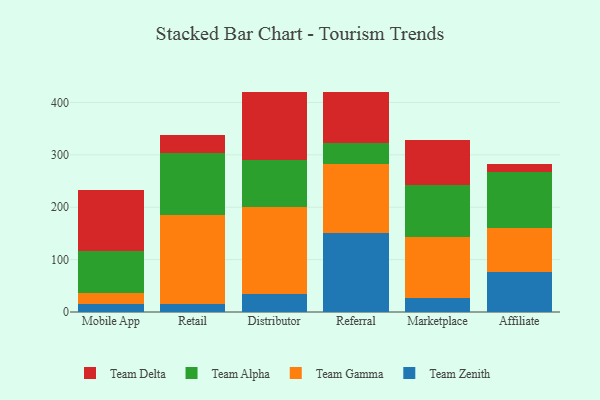
{"axis": {"x": "Channel", "y": "Operating Costs (USD K)"}, "legend": ["Team Alpha", "Team Delta", "Team Gamma", "Team Zenith"], "data": [{"x": "Mobile App", "y": 14.8, "type": "Team Zenith"}, {"x": "Mobile App", "y": 22.2, "type": "Team Gamma"}, {"x": "Mobile App", "y": 80.2, "type": "Team Alpha"}, {"x": "Mobile App", "y": 114.8, "type": "Team Delta"}, {"x": "Retail", "y": 15.9, "type": "Team Zenith"}, {"x": "Retail", "y": 168.9, "type": "Team Gamma"}, {"x": "Retail", "y": 118.5, "type": "Team Alpha"}, {"x": "Retail", "y": 35.0, "type": "Team Delta"}, {"x": "Distributor", "y": 34.1, "type": "Team Zenith"}, {"x": "Distributor", "y": 166.6, "type": "Team Gamma"}, {"x": "Distributor", "y": 89.5, "type": "Team Alpha"}, {"x": "Distributor", "y": 130.5, "type": "Team Delta"}, {"x": "Referral", "y": 151.7, "type": "Team Zenith"}, {"x": "Referral", "y": 131.5, "type": "Team Gamma"}, {"x": "Referral", "y": 39.9, "type": "Team Alpha"}, {"x": "Referral", "y": 97.6, "type": "Team Delta"}, {"x": "Marketplace", "y": 26.8, "type": "Team Zenith"}, {"x": "Marketplace", "y": 116.1, "type": "Team Gamma"}, {"x": "Marketplace", "y": 99.4, "type": "Team Alpha"}, {"x": "Marketplace", "y": 85.1, "type": "Team Delta"}, {"x": "Affiliate", "y": 76.3, "type": "Team Zenith"}, {"x": "Affiliate", "y": 85.0, "type": "Team Gamma"}, {"x": "Affiliate", "y": 105.5, "type": "Team Alpha"}, {"x": "Affiliate", "y": 15.4, "type": "Team Delta"}]}